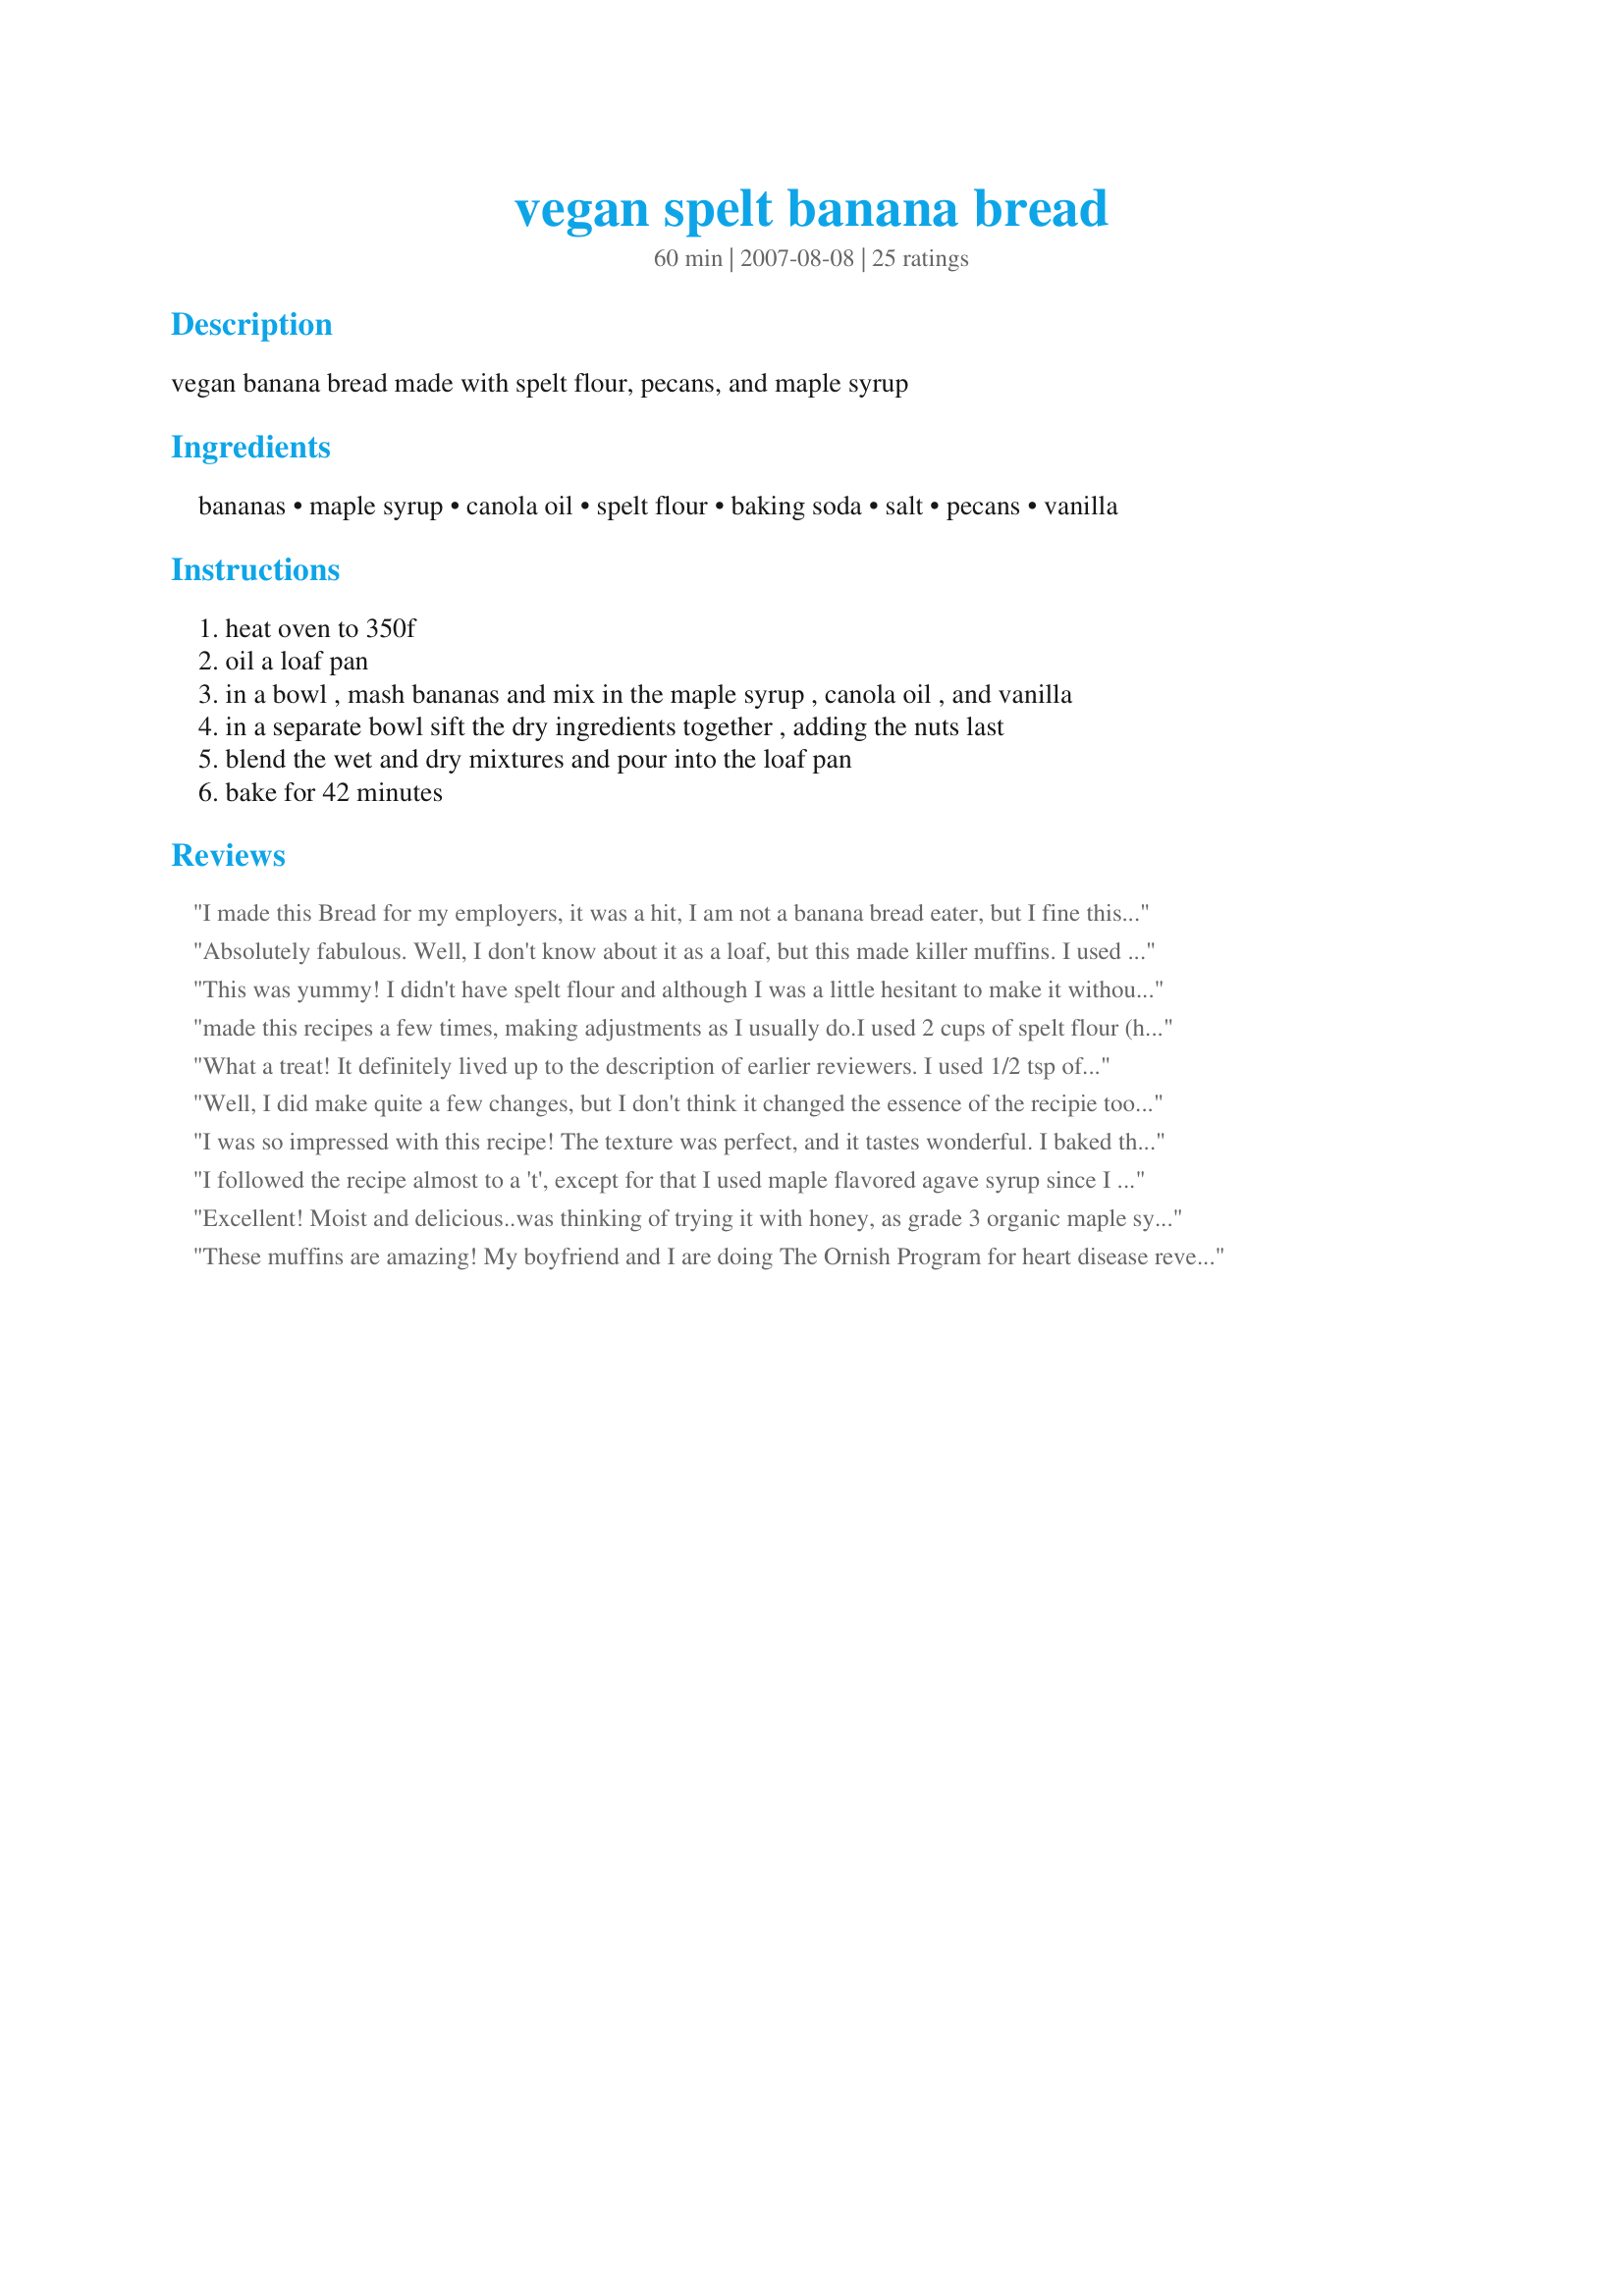
vegan spelt banana bread
Preparation time: 60 minutes

vegan banana bread made with spelt flour, pecans, and maple syrup

Ingredients:
bananas, maple syrup, canola oil, spelt flour, baking soda, salt, pecans, vanilla

Steps:
heat oven to 350f, oil a loaf pan, in a bowl , mash bananas and mix in the maple syrup , canola oil , and vanilla, in a separate bowl sift the dry ingredients together , adding the nuts last, blend the wet and dry mixtures and pour into the loaf pan, bake for 42 minutes

Reviews:
I made this Bread for my employers, it was a hit, I am not a banana bread eater, but I fine this bread to be very enjoyable. My employer ask for it to be made very often. A bread for the whle family and great serve with tea. I love it love it.
Absolutely fabulous. Well, I don't know about it as a loaf, but this made killer muffins. I used frozen bananas; halved the maple syrup and it was still plenty sweet. Beautiful texture. A delectable breakfast treat. BTW the amount of vanilla is not specified so I used 1 tsp. I got 9 nicely-sized muffins. (I sprinkled on some cinnamon sugar too!) Thanks for a real keeper! -Made for PAC.
This was yummy! I didn't have spelt flour and although I was a little hesitant to make it without it, I went ahead in faith and just used the whole wheat flour I already had. Worked just fine! I only had about half a cup of walnuts and used those in the mixture. This was very easy to make. I'm wondering though, how much vanilla is suppose to go in? It wasn't listed in the ingredients but is listed in the directions. Maybe you just forgot. I gave a guess as Im sure most can and dripped a little in. Blessings to you in Jesus' name!
made this recipes a few times, making adjustments as I usually do.<br/>I used 2 cups of spelt flour (have also used soft whole wheat flour), 4 organic bananas instead of 3, 1/3 cup of Earth's Balance in place of the oil, only added 1/3 cup of organic cane sugar because I added a handful of semi-sweet chocolate chips, 1/3 cup of soymilk(have also used almond milk) and added 2 egg replacers .If I have them, I have also added organic walnuts Wow, this would be my favorite version yet- just mildly sweet and very moist and cake-like. It does not taste vegan at all.
What a treat! It definitely lived up to the description of earlier reviewers. I used 1/2 tsp of vanilla, all of the maple syrup (love that stuff) and did not add any cinnamon. Also, I used a 4 1/2 X 8 1/2 loaf pan and it fit perfectly. This recipe is a keeper!
Well, I did make quite a few changes, but I don't think it changed the essence of the recipie too much, so 5 stars from me! I used just slightly less maple syrup, but I think the full 1/2 cup is fine. I used unsweetened applesauce instead of the oil, kamut flour instead of spelt and omitted the pecans. I also added 1tsp each of cinnamon and vanilla. Oh..and I added two butterscotch chips on top. I made 36 mini-muffins and baked for 10min. I was impressed with the texture and taste! These are great little grab and go guilt-free treats! Thanks :)
I was so impressed with this recipe! The texture was perfect, and it tastes wonderful. I baked the loaf for exactly 42 minutes. I took the advice of White Rose Child and used 1 tsp of vanilla, and halved the maple syrup. I also added 1/2 tsp of cinnamon. Thanks for a super recipe!
I followed the recipe almost to a 't', except for that I used maple flavored agave syrup since I didn't have maple syrup. This is a delicious, easy cake to make! I love that it's vegan. I used whole grain spelt not refined for anyone that's wondering which to use as I was...
Excellent! Moist and delicious..was thinking of trying it with honey, as grade 3 organic maple syrup is expensive. Has anyone tried this???
These muffins are amazing! My boyfriend and I are doing The Ornish Program for heart disease reversal, and I was looking for a good lowfat treat for us and our friends to eat before a big race tomorrow. Bananas and spelt seemed like the ticket, and I can't rave about these enough. I was low on vanilla (in the directions, not the ingredients list) so I used 1/4 teaspoon and made a vegan powdered sugar glaze with unsweetened almond milk to add a bit more flavor, but my oh my! I'm not sure they needed it! I also reduced the canola oil to 1 TEASPOOON! Plenty, plenty moist. This modification makes the fat content only 1 gram per muffin. (Yes, I used muffin tins instead of a loaf pan, and the recipe made one dozen.) I also made two batches, leaving out the nuts for one and sprinkled just a few pecans on top of the second batch. I even used the muffin tins without paper liners, using cooking spray to coat. The muffins slid right out!
I made a few substitutes as many have. One third cup of raw organic agave syrup instead of maple syrup, unrefined coconut oil instead of canola, and raisins instead of nuts. Delicious!
This bread is amazing. It is very soft and fluffy. The texture is between a rice and wheat bread. Loved it. I replaced the canola for olive oil, and used walnuts. The result was amazing!
It's not just "healthy" good, its regular good, too. I used unsalted butter instead of oil. Next time, I think I will add cinnamon and nutmeg like some of the other users have commented. Very easy recipe, I will save it to use again. I had to cook mine longer because I was impatient and did not let the bananas thaw completely (they were still very cold). This may be why another baker said they had to cook theirs a very long time?
WOW! I will never go back to wheat Banana Bread! This was easy to prepare and delicious. I used 1/2 tsp vanilla and 1/2 tsp cinnamon. Fabulous. Thank you for posting!
Wonderful bread! The maple syrup allows for such a fluffy batter and finished product. My family loves this! Sometimes I add in chocolate chips or cranberries and bake in muffin tins. This morning I was out of bananas and improvised with 1 cup of applesauce in place of the banana. I added a few chocolate chips and the muffins were excellent! My son can't have regular wheat, oat or corn products, so this recipe has been very popular at our house. Thanks for positing it!
Sooo good. Maybe to good, my kids ate all of it. I replaced the maple syrup with agave nectar and it turned out great.
This is the first time I’ve created an account to leave a review on a recipe. I love this recipe!! I didn’t use pecans because I didn’t have any, I added chocolate chips and a dash of cinnamon. Everything else I followed exactly and it’s so good!!! I will try it with pecans or walnuts next time, chocolate chips are a hit with my kids but a little on the sweet side for me. I made muffins instead of a loaf, they’re moist and so so so yummy. Thank you for this recipe!!!
These were delicious. I made a few changes: I made these as mini loaves. I used sprouted spelt and the dough was very dense. Rather than add another banana I used 6 TBSP of aquafaba, that I whipped just until it turned white ( it took less than 30 secs). I stirred it in using my Tivoli dough wisk ( my new favorite kitchen tool). I used baby bananas ( 4) instead of the traditional cavendish bananas. They were a bit green which I prefer as the sugar is reduced. I ommitted the nuts and added a bit of allspice and cloves; used grapseed oil; 3 Tbsp maple syrup ( I prefer my breads on the rustic side). Lastly I used an entire tsp of vanilla extract. They had a nice crust on the outside and they were nice and fluffy inside. This will be my go to banana bread recipe.
This is amazing! Wondered where the soy/almond milk was but took it on faith and followed the recipe since the maple syrup and banana provided plenty of moisture and it is delicious! The maple syrup gives it a rich flavour, I can&#039;t imagine replacing this beautiful flavour with agave as some reviewers have mentioned, but to each their own. Highly recommend and try the original version before you start making changes...it&#039;s perfect as is. Having said that, will have to make a chocolate chip, nut free version for my daughter&#039;s school lunches. Thank you for sharing!
Update: 2 days later this bread is still delicious, but as the flavors have developed I would definitely reduce the maple syrup even further. Next time I will add 3 TBS. Original review: This is the best banana bread recipe I&#039;ve tried! It&#039;s very moist and flavorful. I reduced the maple syrup to 1/4 cup because I added some chocolate chips. Otherwise, I followed the recipe as written. Thanks for sharing!!!
I used half tsp. vanilla, and walnuts instead of pecans. Turned out well. I have made it both ways with either honey or maple syrup.
Hmmm...I think 5 stars is fair, being that I didn't exactly follow the recipe! I used about 2 T. molasses, and the rest brown rice syrup for the sweetner. Then, instead of nuts, I added 1/4 c. dried, unsweetened coconut, 1/4 tsp. cardamon, and 1/4 tsp nutmeg. Well, I ended up baking this FOREVER! I took it out of the oven at 47 minutes, and turned it out onto a cooling rack only to have the loaf split and leave a layer in the bottom of the pan. Where it broke the bread was still almost wet. So, I put it back into the oven for another 10 minutes, and the middle was still gooey. So, I put it in yet again. Then, it occured to me that the rice syrup might not actually set up until the bread cools off. So, we will see. The flavor of the bread is VERY good. I just hope it firms up a bit!
Great flavor and texture. I used walnuts instead of pecans. I'm a fan of Hildegard von Bingen, a forward- thinking religious woman of the early 12th century in Germany. She extolled the virtues of spelt in one's diet. Don't know if she ever had bananas, but that's ok!!!
This is yummy!!! Always excited to find good recipes that have healthier ingredients and tastes like it's an indulgence!! I added some pumpkin puree instead of 3rd banana because I only had 2 banana's and I had some leftover pumpkin from another recipe!! I also added cinnamon and all spice and used 2 tblsp of coconut oil instead of canola oil!! Turned out awesome!! My 18 month old son loves getting muffins and I feel good giving him this!!! Will be making this again!!
